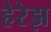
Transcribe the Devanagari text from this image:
हेरेझ